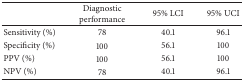
|  | Diagnostic performance | 95% LCI | 95% UCI |
 | --- | --- | --- | --- |
 | Sensitivity (%) | 78 | 40.1 | 96.1 |
 | Specificity (%) | 100 | 56.1 | 100 |
 | PPV (%) | 100 | 56.1 | 100 |
 | NPV (%) | 78 | 40.1 | 96.1 |